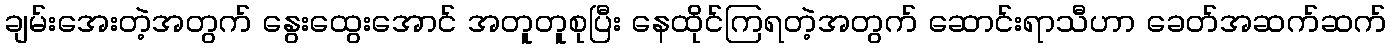
ချမ်းအေးတဲ့အတွက် နွေးထွေးအောင် အတူတူစုပြီး နေထိုင်ကြရတဲ့အတွက် ဆောင်းရာသီဟာ ခေတ်အဆက်ဆက်